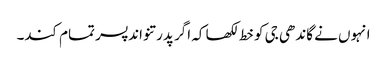
انہوں نے گاندھی جی کو خط لکھا کہ اگر پدرتنواند پسر تمام کند۔